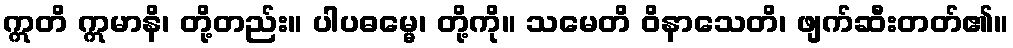
ဣတိ ဣမာနိ၊ တို့တည်း။ ပါပဓမ္မေ၊ တို့ကို။ သမေတိ ဝိနာသေတိ၊ ဖျက်ဆီးတတ်၏။